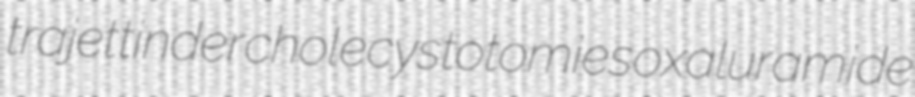
trajet tinder cholecystotomies oxaluramide